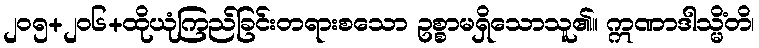
၂၀၅+၂၀၆+ထိုယုံကြည်ခြင်းတရားစသော ဥစ္စာမရှိသောသူ၏။ ဣဏာဒါသ္မိံတိ၊